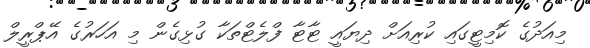
މިއަދުގެ ކޮމިޓީގައި ކުރިއަށް ދިޔައީ ޓާޓާ ފްލެޓްތަކާ ގުޅިގެން މި އަހަރުގެ އޭޕްރީލް